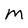
Character: M